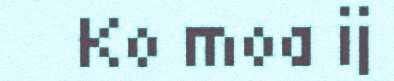
Ko moa ij